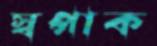
স্বপাক